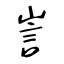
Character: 訔